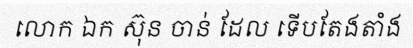
លោក ឯក ស៊ុន ចាន់ ដែល ទើបតែងតាំង